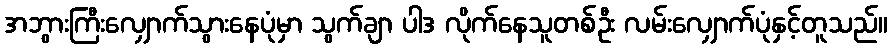
အဘွားကြီးလျှောက်သွားနေပုံမှာ သွက်ချာ ပါဒ လိုက်နေသူတစ်ဦး လမ်းလျှောက်ပုံနှင့်တူသည်။